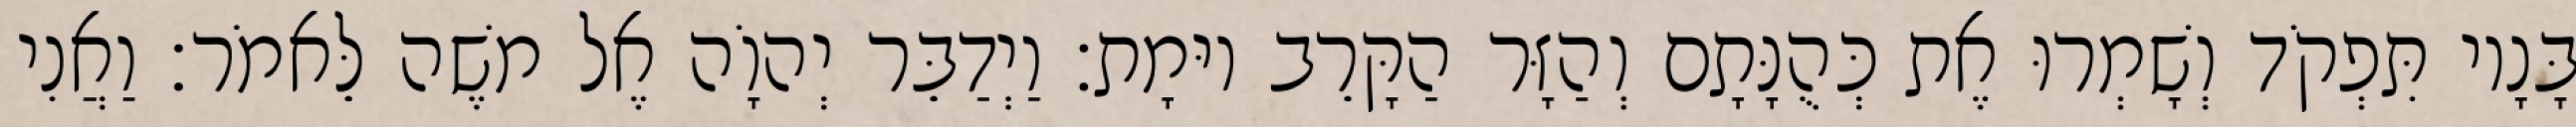
בָּנָיו תִּפְקֹד וְשָׁמְרוּ אֶת כְּהֻנָּתָם וְהַזָּר הַקָּרֵב יוּמָת׃ וַיְדַבֵּר יְהוָֹה אֶל משֶׁה לֵּאמֹר׃ וַאֲנִי